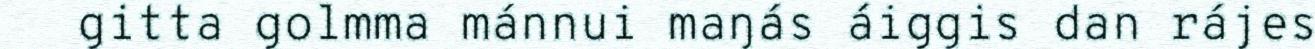
gitta golmma mánnui maŋás áiggis dan rájes